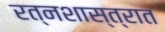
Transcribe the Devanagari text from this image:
रत्नशास्त्रात